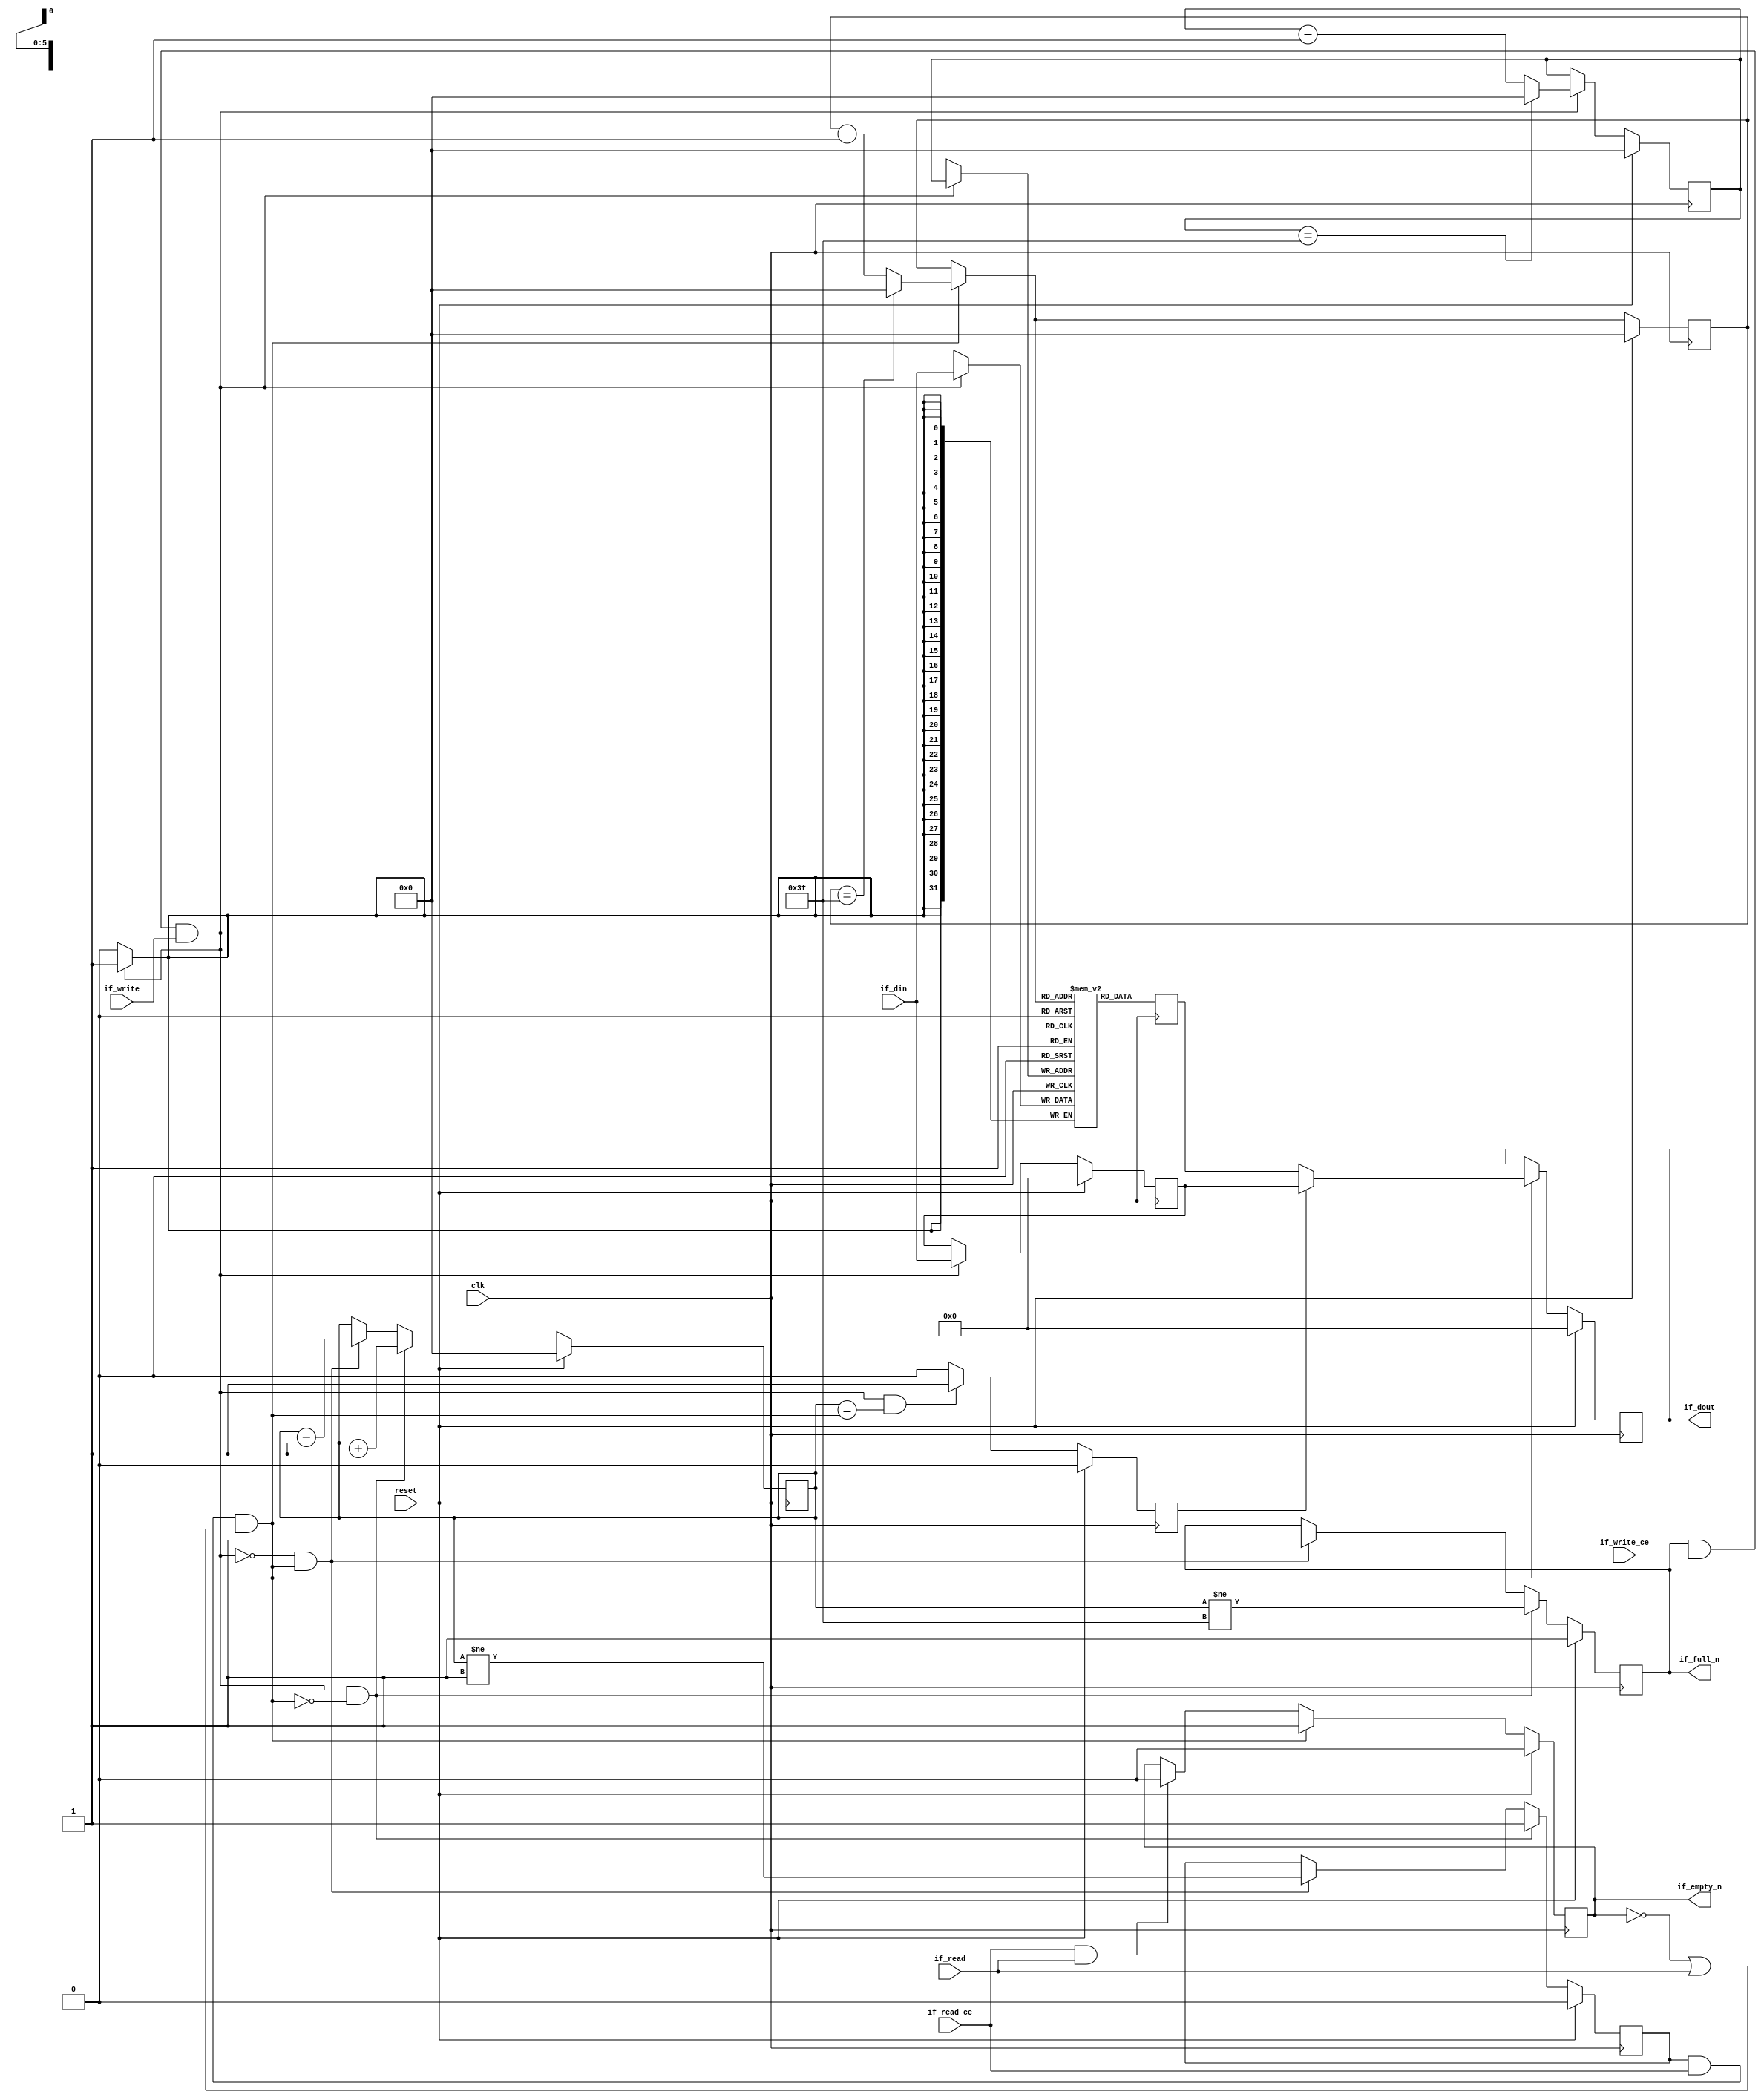
// ==============================================================
// File generated by Vivado(TM) HLS - High-Level Synthesis from C, C++ and SystemC
// Version: 2017.4.op
// Copyright (C) 1986-2018 Xilinx, Inc. All Rights Reserved.
// 
// ==============================================================


`timescale 1ns/1ps

module fifo_w32_d64_A
#(parameter
    MEM_STYLE   = "block",
    DATA_WIDTH  = 32,
    ADDR_WIDTH  = 6,
    DEPTH       = 64
)
(
    // system signal
    input  wire                  clk,
    input  wire                  reset,

    // write
    output wire                  if_full_n,
    input  wire                  if_write_ce,
    input  wire                  if_write,
    input  wire [DATA_WIDTH-1:0] if_din,

    // read
    output wire                  if_empty_n,
    input  wire                  if_read_ce,
    input  wire                  if_read,
    output wire [DATA_WIDTH-1:0] if_dout
);
//------------------------Parameter----------------------

//------------------------Local signal-------------------
(* ram_style = MEM_STYLE *)
reg  [DATA_WIDTH-1:0] mem[0:DEPTH-1];
reg  [DATA_WIDTH-1:0] q_buf = 1'b0;
reg  [ADDR_WIDTH-1:0] waddr = 1'b0;
reg  [ADDR_WIDTH-1:0] raddr = 1'b0;
wire [ADDR_WIDTH-1:0] wnext;
wire [ADDR_WIDTH-1:0] rnext;
wire                  push;
wire                  pop;
reg  [ADDR_WIDTH-1:0] usedw = 1'b0;
reg                   full_n = 1'b1;
reg                   empty_n = 1'b0;
reg  [DATA_WIDTH-1:0] q_tmp = 1'b0;
reg                   show_ahead = 1'b0;
reg  [DATA_WIDTH-1:0] dout_buf = 1'b0;
reg                   dout_valid = 1'b0;


//------------------------Instantiation------------------

//------------------------Task and function--------------

//------------------------Body---------------------------
assign if_full_n  = full_n;
assign if_empty_n = dout_valid;
assign if_dout    = dout_buf;
assign push       = full_n & if_write_ce & if_write;
assign pop        = empty_n & if_read_ce & (~dout_valid | if_read);
assign wnext      = !push                ? waddr :
                    (waddr == DEPTH - 1) ? 1'b0  :
                    waddr + 1'b1;
assign rnext      = !pop                 ? raddr :
                    (raddr == DEPTH - 1) ? 1'b0  :
                    raddr + 1'b1;

// waddr
always @(posedge clk) begin
    if (reset == 1'b1)
        waddr <= 1'b0;
    else
        waddr <= wnext;
end

// raddr
always @(posedge clk) begin
    if (reset == 1'b1)
        raddr <= 1'b0;
    else
        raddr <= rnext;
end

// usedw
always @(posedge clk) begin
    if (reset == 1'b1)
        usedw <= 1'b0;
    else if (push & ~pop)
        usedw <= usedw + 1'b1;
    else if (~push & pop)
        usedw <= usedw - 1'b1;
end

// full_n
always @(posedge clk) begin
    if (reset == 1'b1)
        full_n <= 1'b1;
    else if (push & ~pop)
        full_n <= (usedw != DEPTH - 1);
    else if (~push & pop)
        full_n <= 1'b1;
end

// empty_n
always @(posedge clk) begin
    if (reset == 1'b1)
        empty_n <= 1'b0;
    else if (push & ~pop)
        empty_n <= 1'b1;
    else if (~push & pop)
        empty_n <= (usedw != 1'b1);
end

// mem
always @(posedge clk) begin
    if (push)
        mem[waddr] <= if_din;
end

// q_buf
always @(posedge clk) begin
    q_buf <= mem[rnext];
end

// q_tmp
always @(posedge clk) begin
    if (reset == 1'b1)
        q_tmp <= 1'b0;
    else if (push)
        q_tmp <= if_din;
end

// show_ahead
always @(posedge clk) begin
    if (reset == 1'b1)
        show_ahead <= 1'b0;
    else if (push && usedw == pop)
        show_ahead <= 1'b1;
    else
        show_ahead <= 1'b0;
end

// dout_buf
always @(posedge clk) begin
    if (reset == 1'b1)
        dout_buf <= 1'b0;
    else if (pop)
        dout_buf <= show_ahead? q_tmp : q_buf;
end

// dout_valid
always @(posedge clk) begin
    if (reset == 1'b1)
        dout_valid <= 1'b0;
    else if (pop)
        dout_valid <= 1'b1;
    else if (if_read_ce & if_read)
        dout_valid <= 1'b0;
end

endmodule